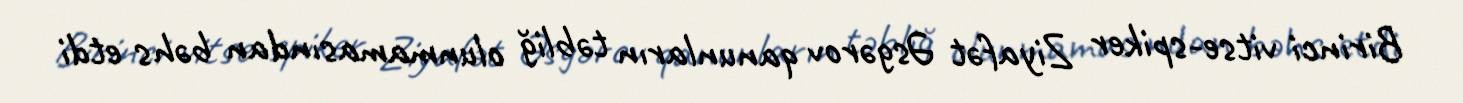
Birinci vitse-spiker Ziyafət Əsgərov qanunların təbliğ olunmamasından bəhs etdi